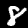
Digit: 8